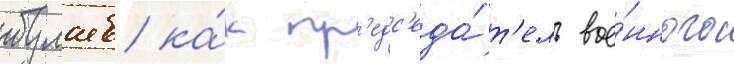
булаев ка́к пр'едс'еда́т'ель вое́нного